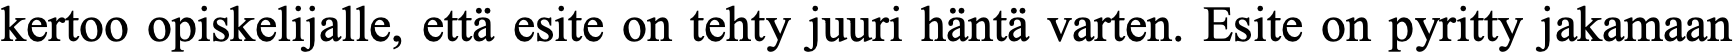
kertoo opiskelijalle, että esite on tehty juuri häntä varten. Esite on pyritty jakamaan